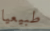
طبيعيا